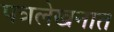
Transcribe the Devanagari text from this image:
पत्रलेखनात